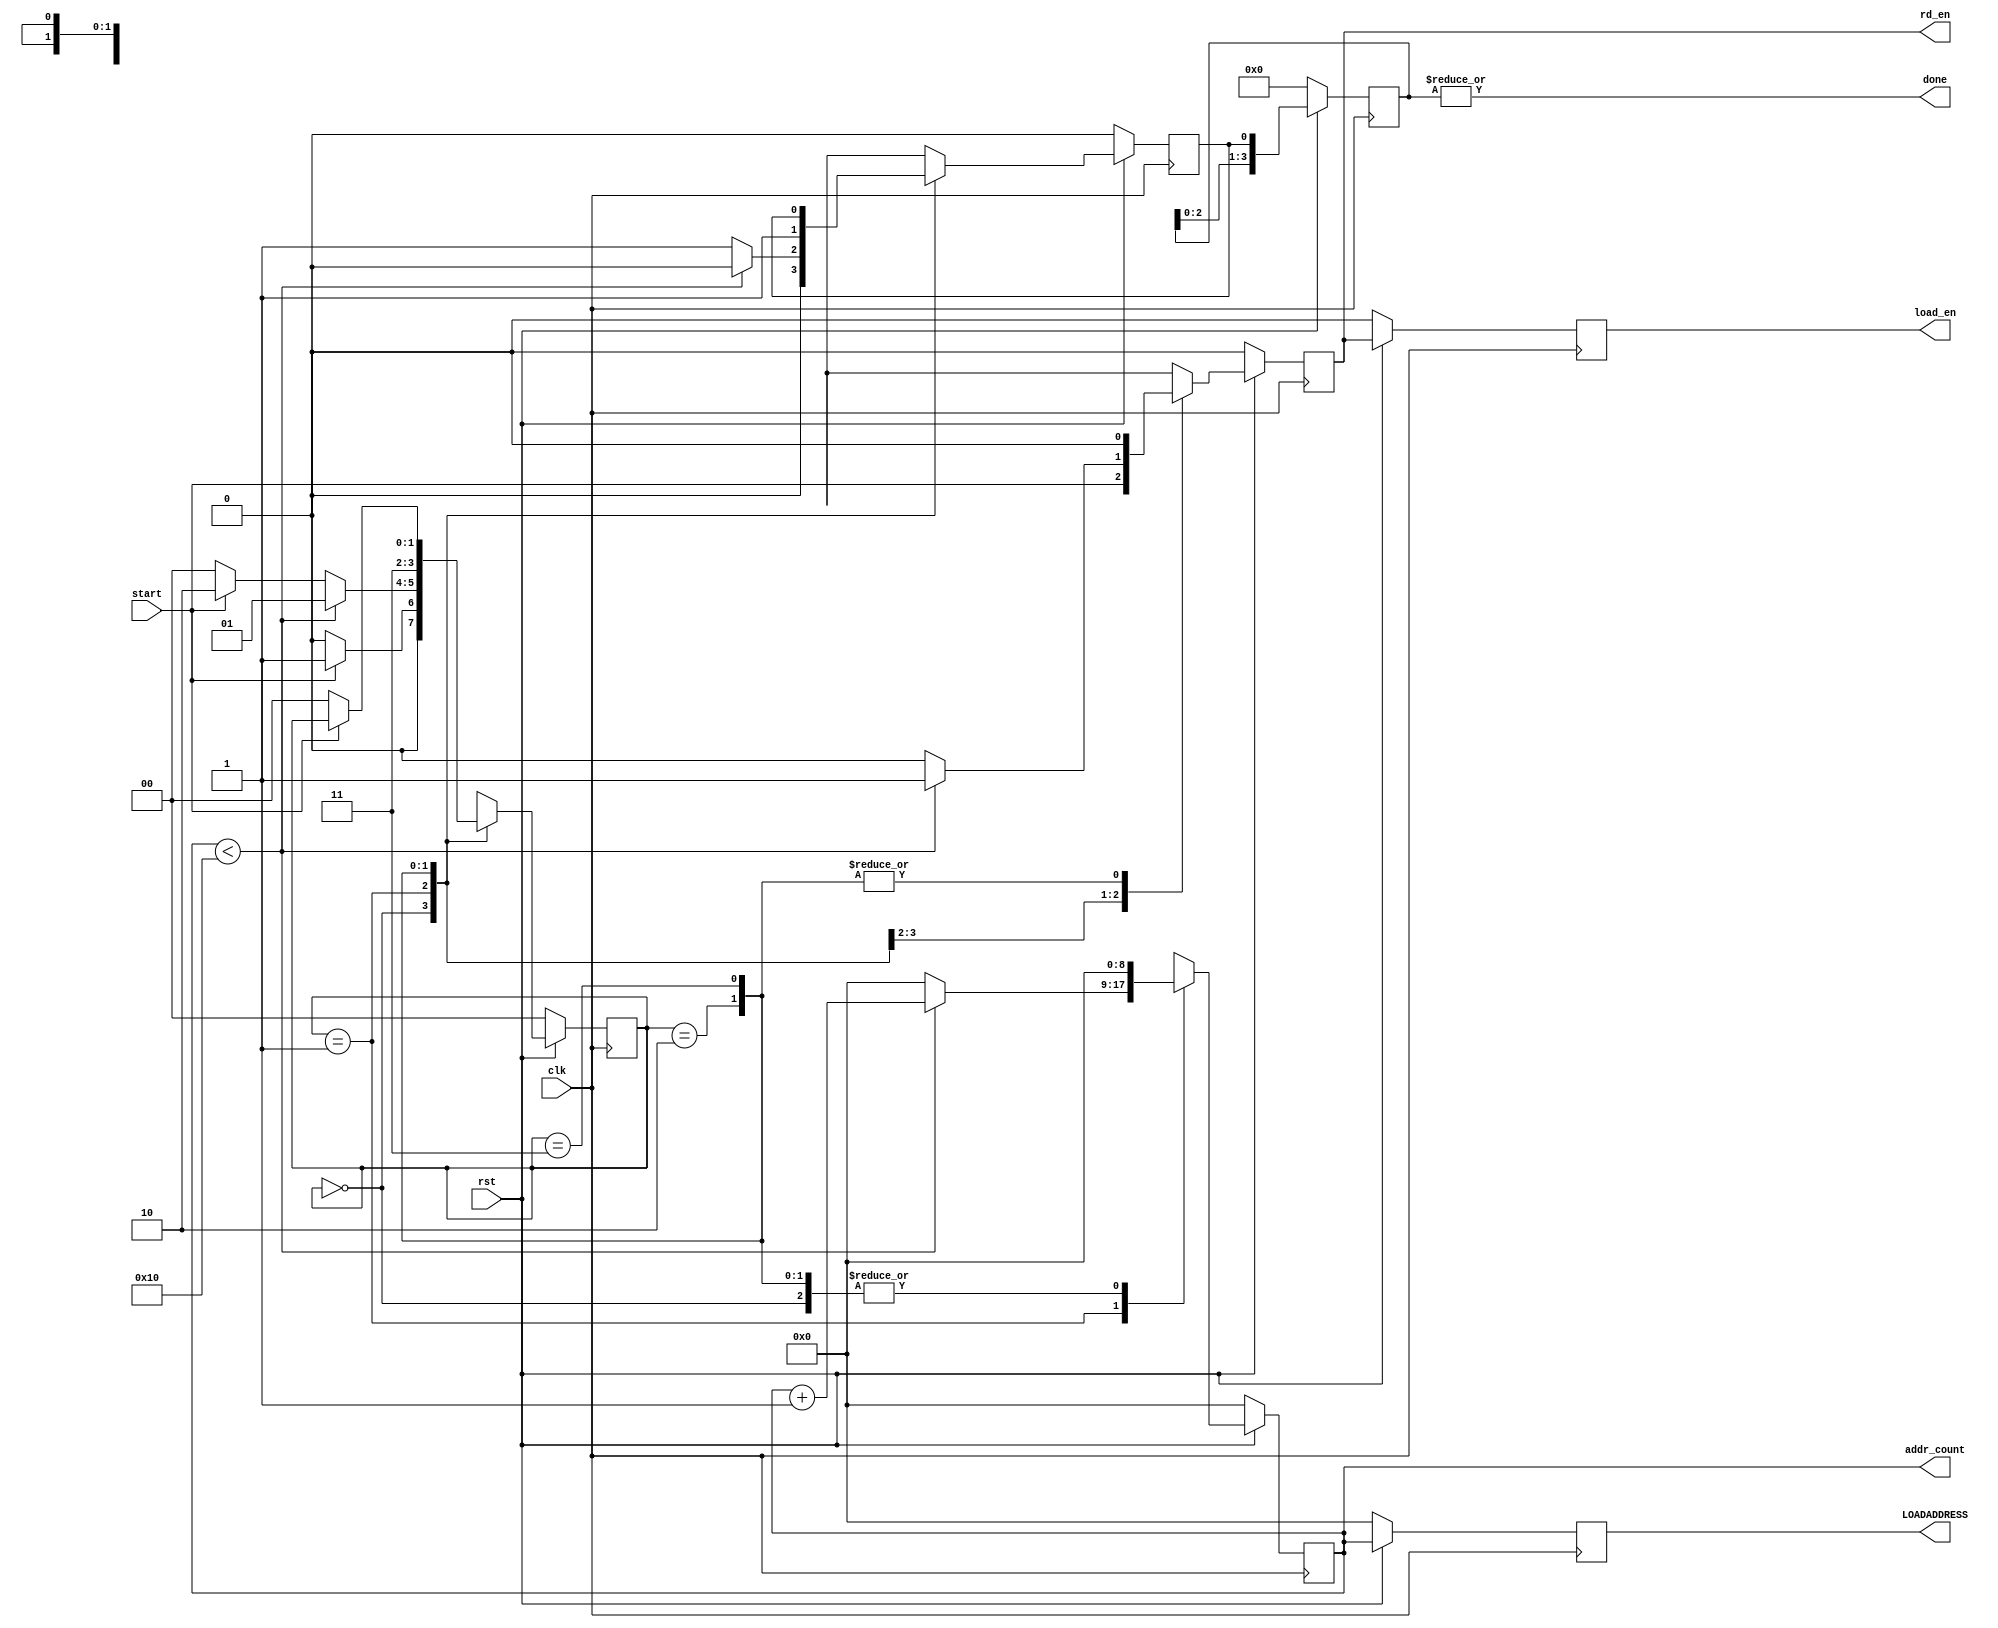
`timescale 1ns / 1ps
//////////////////////////////////////////////////////////////////////////////////
// Company: 
// Engineer: 
// 
// Design Name: 
// Module Name: loadunloadfsm
// Project Name: 
// Target Devices: 
// Tool Versions: 
// Description: 
// 
// Dependencies: 
// 
// Revision:
// Revision 0.01 - File Created
// Additional Comments:
// Counter that counts 0 to 510
// Bug: For input interface, start is 1 for 1 cycle of inclk larger than clk period.
// Error: if start stays 1, FSM counts again. during Loading, loadunloadfsm triggers decode start multiple times.
// Error: internally when load is enabled after start, all counters and control signal resets to zero.
// Fix1: adding states "DONE_DECODESTART" , "DONE_WAITFORSTARTRESET",
// if start stays 1, go to DONE_DECODESTART to signal decodestart and wait in DONE_WAITFORSTARTRESET.
// This case should not affect output interface: 
// For output interface, start is 1 for 1 cycle of clk same as the clk used for loadunloadfsm.
//////////////////////////////////////////////////////////////////////////////////


module loadunloadfsm_ne(done,load_en,LOADADDRESS,rd_en, addr_count, start, clk, rst);
parameter ADDRESSWIDTH=9;//9 bits to address 512 locations.
//parameter FIFODEPTH = 32;//CODECOUNT is 32//16;//511;
parameter LOADCOUNT=17;//size(rxregtablemod)=[16,17]. LOADCOUNT=columns=17.
output done; //delayed start
output reg load_en;// 1 cycle delayed rd_en
output reg[ADDRESSWIDTH-1:0] LOADADDRESS;// 1 cycle delayed fifo rd address (addr_count)
output reg rd_en;
output reg[ADDRESSWIDTH-1:0] addr_count;
input start;
input clk; //decode clk.
input rst;

parameter INIT=0, COUNTING=1, DONE_DECODESTART=2, DONE_WAITFORSTARTRESET=3;
reg  nextoutfifo_rd_start,outfifo_rd_start;// -----------------------Fix2
//reg loaddone, nextloaddone; ----------------------------(unused) var Fix2
reg[1:0] ps, ns;//reg ps, ns; //Bug: if start stays 1, FSM counts again. Which is causing error during Loading. -----Fix1
reg[ADDRESSWIDTH-1:0] nextcount;
reg nextrd;
always@(posedge clk)
begin
  if(!rst)
  begin
    ps<=0;
    addr_count<=0;
    LOADADDRESS<=0;
    rd_en<=0;
    load_en<=0;
    outfifo_rd_start<=0; //------------------------Fix2
  end
  else
  begin
    ps<=ns;
    addr_count<=nextcount;
    LOADADDRESS<=addr_count;//1cycle delay=1cycle for fetching data frm fifo.
    rd_en<=nextrd;
    load_en<=rd_en; //1 cycle delayed rd signal = 510 should also have load_en=1..
    outfifo_rd_start<=nextoutfifo_rd_start;//----------------------Fix2
  end
end

always@(ps,addr_count,start,outfifo_rd_start)
begin
  case(ps)
    INIT: begin
            ns = start ? COUNTING : INIT;
            nextcount = 0;
            nextrd = start;
            //nextloaddone=0;//loaddone=0;
            nextoutfifo_rd_start=0;// ------------------------------Fix2            
          end
    COUNTING: begin
                ns=(addr_count<LOADCOUNT-1) ? COUNTING : (start ? DONE_DECODESTART: INIT);//(addr_count<COLDEPTH-1) ? COUNTING : INIT;
                nextcount=(addr_count<LOADCOUNT-1) ? addr_count+1 : 0;
                nextrd=(addr_count<LOADCOUNT-1) ? 1 : 0;
                //nextloaddone=(addr_count<COLDEPTH-1) ? 0 : 1;//loaddone=(addr_count<COLDEPTH-1) ? 0 : 1;
                nextoutfifo_rd_start=(addr_count<LOADCOUNT-1) ? 0 : 1;//outfifo_rd_start=(addr_count<COLDEPTH-2) ? 0 : 1;//signal early ------Fix2
              end
    DONE_DECODESTART: begin  //Bug: if start stays 1, FSM counts again. Which is causing error during Loading. -----Fix1
                        ns=DONE_WAITFORSTARTRESET;
                        nextcount=0;
                        nextrd=0;
                        //nextloaddone= 1;
                        nextoutfifo_rd_start=1;//---------Fix2
                      end 
    DONE_WAITFORSTARTRESET: begin  //Bug: if start stays 1, FSM counts again. Which is causing error during Loading. -----Fix1
                              ns=start ? ps : INIT;
                              nextcount=0;
                              nextrd=0;
                              //nextloaddone=start ? 1 : 0;
                              //nextoutfifo_rd_start=0;//----------------Fix2
                              nextoutfifo_rd_start=outfifo_rd_start;// ------------------------------Fix3 for clk sync
                            end                                    
    default: begin
               ns=0;
               nextcount=0;
               nextrd=0;
               //nextloaddone=0;//loaddone=0;
               nextoutfifo_rd_start=0;//----------------------Fix2
             end
  endcase
end

//clk domain sync when using for unload circuit.
parameter CLKSYNC_WAITCYCLES=4;//4;
reg[CLKSYNC_WAITCYCLES-1:0] outfifo_rd_start_clksync;//arbitrary 4 bit
always@(posedge clk)
begin
  if(!rst)
  begin
    outfifo_rd_start_clksync<={CLKSYNC_WAITCYCLES{1'b0}};//4'd0;
  end
  else
  begin
    outfifo_rd_start_clksync<={outfifo_rd_start_clksync[CLKSYNC_WAITCYCLES-2:0],outfifo_rd_start};
  end
end
assign done = |(outfifo_rd_start_clksync);

endmodule